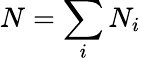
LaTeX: N=\sum_{i}N_{i}